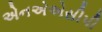
એનએએસીપી